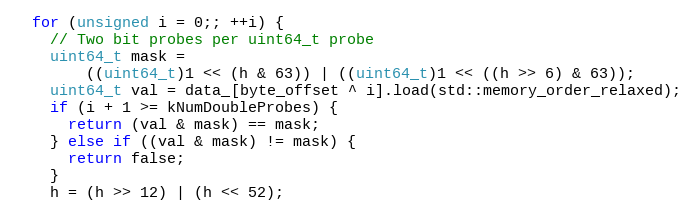
Language: C
  for (unsigned i = 0;; ++i) {
    // Two bit probes per uint64_t probe
    uint64_t mask =
        ((uint64_t)1 << (h & 63)) | ((uint64_t)1 << ((h >> 6) & 63));
    uint64_t val = data_[byte_offset ^ i].load(std::memory_order_relaxed);
    if (i + 1 >= kNumDoubleProbes) {
      return (val & mask) == mask;
    } else if ((val & mask) != mask) {
      return false;
    }
    h = (h >> 12) | (h << 52);